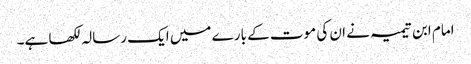
امام ابن تیمیہ نے ان کی موت کے بارے میں ایک رسالہ لکھا ہے۔